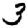
Digit: 3